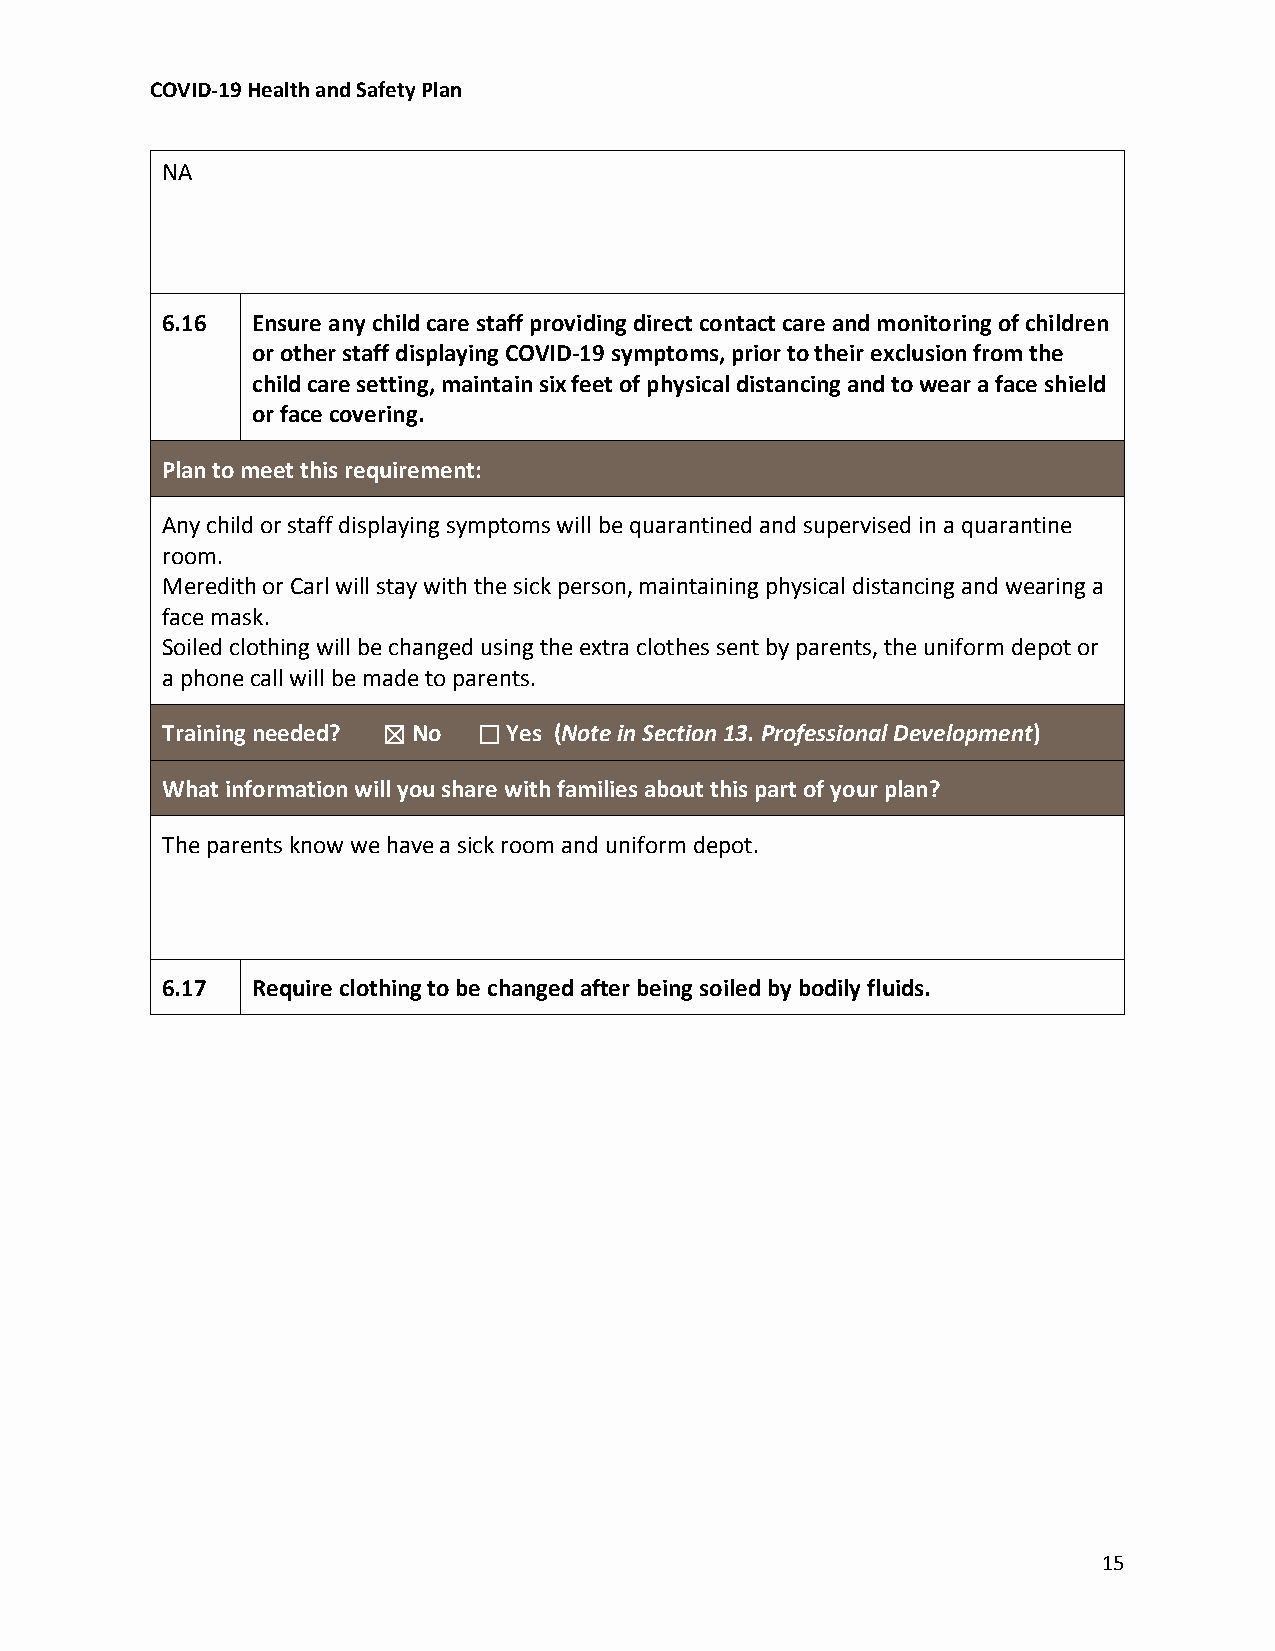
COVID-19 Health and Safety Plan
 NA
 6.16  Ensure any child care staff providing direct contact care and monitoring of children
 or other staff displaying COVID-19 symptoms, prior to their exclusion from the
 child care setting, maintain six feet of physical distancing and to wear a face shield
 or face covering.
 Plan to meet this requirement:
 Any child or staff displaying symptoms will be quarantined and supervised in a quarantine
 room.
 Meredith or Carl will stay with the sick person, maintaining physical distancing and wearing a
 face mask.
 Soiled clothing will be changed using the extra clothes sent by parents, the uniform depot or
 a phone call will be made to parents.
 Training needed? ☒ No ☐ Yes (Note in Section 13. Professional Development)
 What information will you share with families about this part of your plan?
 The parents know we have a sick room and uniform depot.
 6.17  Require clothing to be changed after being soiled by bodily fluids.
 15